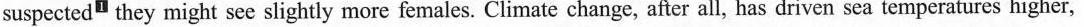
suspected" they might see slightly more females. Climate change, after all, has driven sea temperatures higher,